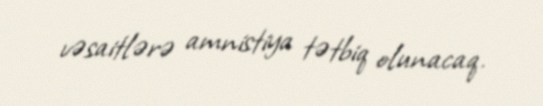
vəsaitlərə amnistiya tətbiq olunacaq.